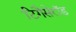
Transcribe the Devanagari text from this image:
टिगैसेरॉड